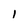
Character: 1